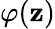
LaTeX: \varphi(\mathbf{z})